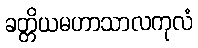
ခတ္တိယမဟာသာလကုလံ